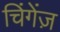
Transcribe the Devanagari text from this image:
चिंगेंज़